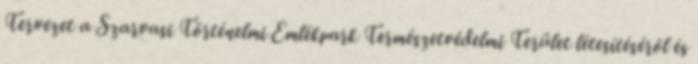
Tervezet a Szarvasi Történelmi Emlékpark Természetvédelmi Terület létesítéséről és